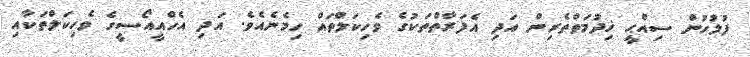
ފުލުހުން ސިއްޙީ ޚިދުމަތްތެރިން އަދި އެފަރާތްތަކުގެ ވެހިކަލްތައް ހިމެނެއެވެ. އަދި އެހްއީއޯސީގެ ވެހިކަލްތަކާއި